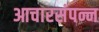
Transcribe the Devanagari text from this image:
आचारसंपन्न